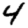
Digit: 4